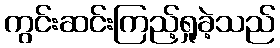
ကွင်းဆင်းကြည့်ရှုခဲ့သည်